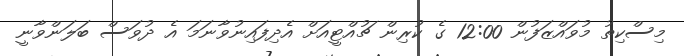
މިސްކިތު މުވައްޒަފުން 12:00 ގެ ކުރިން ޗުއްޓީއަށް އެދިފައިނުވާނަމަ އެ ދުވަސް ބަލަންވާނީ